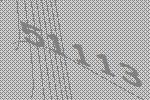
51113